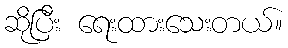
ဆိုပြီး ရေးထားသေးတယ်။